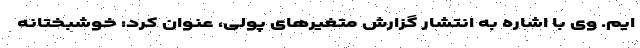
ایم. وی با اشاره به انتشار گزارش متغیرهای پولی، عنوان کرد: خوشبختانه